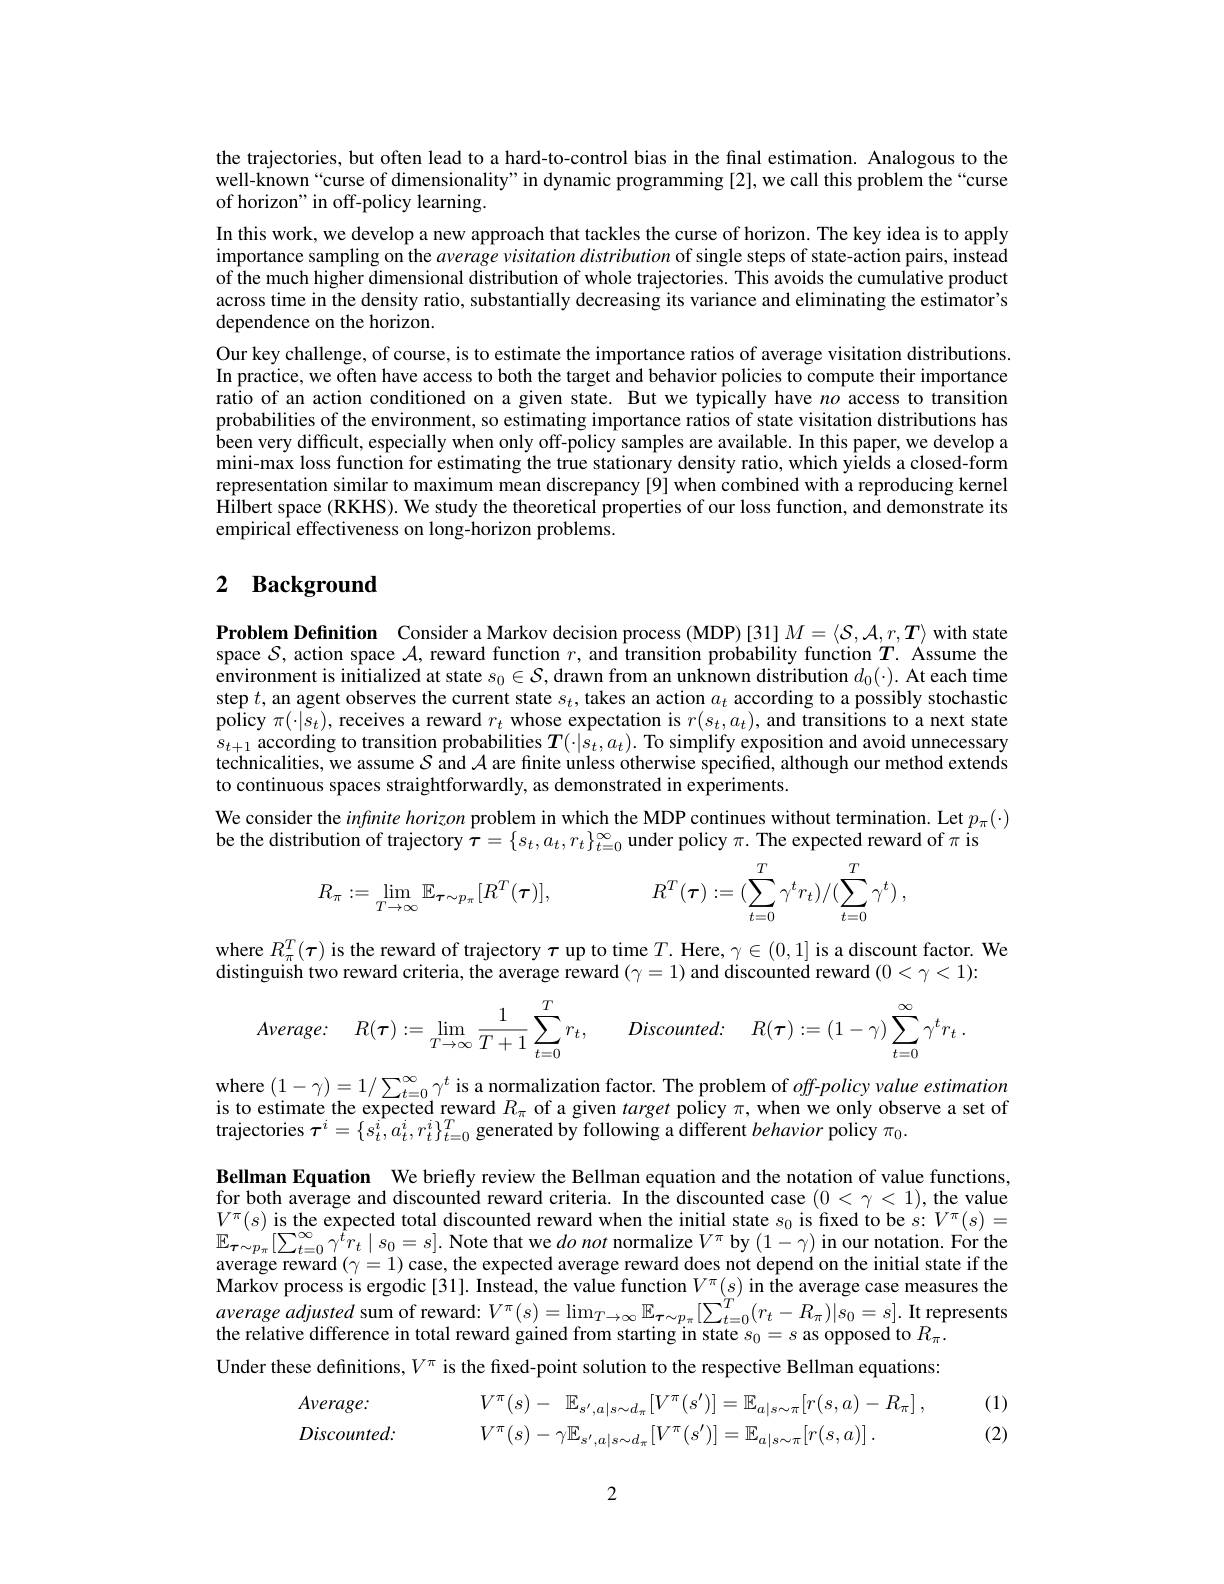
the trajectories, but often lead to a hard-to-control bias in the final estimation. Analogous to the well-known“curse of dimensionality”in dynamic programming [2], we call this problem the“curse of horizon" in off-policy learning.
In this work, we develop a new approach that tackles the curse of horizon. The key idea is to apply importance sampling on the $average\textit{ visitation distribution of single steps of state- action pairs, instead}$ of the much higher dimensional distribution of whole trajectories. This avoids the cumulative product across time in the density ratio, substantially decreasing its variance and eliminating the estimator's dependence on the horizon.
Our key challenge, of course, is to estimate the importance ratios of average visitation distributions. In practice, we often have access to both the target and behavior policies to compute their importance ratio of an action conditioned on a given state. But we typically have $no$ access to transition probabilities of the environment, so estimating importance ratios of state visitation distributions has been very difficult, especially when only off-policy samples are available. In this paper, we develop a $\dot{\text{mini-max loss function for estimating the true stationary density ratio, which yîelds a closed-form}}$ representation similar to maximum mean discrepancy [9] when combined with a reproducing kernel Hilbert space (RKHS). We study the theoretical properties of our loss function, and demonstrate its empirical effectiveness on long-horizon problems.

## 2 $\textbf{Background}$

$\textbf{Problem Definition}$ Consider a Markov decision process (MDP)[31] M={\c{S}},{\c{A}},r,{\c{T}})\:{\c{C}}.{\c{C}}.{\c{C}}.{\c{C}}.{\c{C}}.{\c{C}}.{\c{C}}.{\c{C}}.{\c{C}}.{\c{C}}.{\c{C}}.{\c{C}}.{\c{C}},{\c{C}}.{\c{C}}.{\c{C}}.{\c{C}}.{\c{C}}.{\c{C}}.{\c{C space $S$, action space $\mathcal{A}$, reward function $r$, and transition probability function $T.$ Assume the environment is initialized at state $s_0\in\mathcal{S}$, drawn from an unknown distribution $d_0(\cdot).$ At each time step $t$, an agent observes the current state $s_t$, takes an action $a_t$ according to a possibly stochastic policy $\pi(\cdot|s_t)$, receives a reward $r_t$ whose expectation is $r(s_t,a_t)$, and transitions to a next state $s_{t+1}$ according to transition probabilities $\boldsymbol{T}(\cdot|\hat{s}_t,a_t).$ To simplify exposition and avoid unnecessary technicalities, we assume $S$ and $\mathcal{A}$ are finite unless otherwise specified, although our method extends to continuous spaces straightforwardly, as demonstrated in experiments.
We consider the infnite horizon problem in which the MDP continues without termination. Let $p_\pi(\cdot)$
be the distribution of trajectory $\boldsymbol{\tau}=\{s_t,a_t,r_t\}_{t=0}^\infty$ under policy $\pi.$ The expected reward of $\pi$ is
$$R_\pi:=\lim\limits_{T\to\infty}\mathbb{E}_{\boldsymbol{\tau}\sim p_\pi}[R^T(\boldsymbol{\tau})],\quad R^T(\boldsymbol{\tau}):=(\sum\limits_{t=0}^T\gamma^tr_t)/(\sum\limits_{t=0}^T\gamma^t)\:,$$
where $R_\pi^T(\boldsymbol{\tau})$ is the reward of trajectory $\boldsymbol\tau$ up to time $T.$ Here, $\gamma\in(0,1]$ is a discount factor. We
distinguish two reward criteria, the average reward $(\gamma=1)$ and discounte$\dot{\mathrm}$ reward $(0<\gamma<1):$
$$Average\colon\quad R(\tau):=\lim\limits_{T\to\infty}\frac{1}{T+1}\sum\limits_{t=0}^{T}r_t,\quad Discounted\colon\quad R(\tau):=(1-\gamma)\sum\limits_{t=0}^{\infty}\gamma^tr_t\:.$$
where $(1-\gamma)=1/\sum_{t=0}^\infty\gamma^t$ is a normalization factor. The problem of off-policy value estimation is to estimate the expected reward $R_\pi$ of a given target policy $\pi$,when we only observe a set of trajectories $\tau^i=\{s_t^i,a_t^i,r_t^i\}_{t=0}^T$ generated by following a different behavior policy $\pi_0.$

Bellman Equation We briefly review the Bellman equation and the notation of value functions, for both average and discounted reward criteria. In the discounted case $(0<\gamma<1)$, the value $V^{\pi}(s)$ is the expected total discounted reward when the initial state $s_0$ is fixed to be $s:V^\pi(s)=$ $\mathbb{E}_{\boldsymbol{\tau}\sim p_\pi}[\sum_{t=0}^\infty\gamma^{\hat{t}}r_t\mid s_0=s].$ Note that we $do\textit{not normalize }V^\pi$ by $(1-\gamma)$ in our notation. For the average reward $(\gamma=1)$ case, the expected average reward does not depend on the initial state if the Markov process is ergodic[31]. Instead, the value function $V^\pi(s)$ in the average case measures the average adjusted sum $of$ $reward:$ $V^{\pi }( s) = \operatorname* { lim} _{T\to \infty }\mathbb{E} _{\boldsymbol{\tau }\sim p_{\pi }}[ \sum _{t= 0}^{T}( r_{t}- R_{\pi }) | s_{0}= s] .$ It represents$a$tive difference in total reward gained from starting in state $s_0=s$ as opposed to $R_\pi.$ Under these definitions,$V^\pi$ is the fixed-point solution to the respective Bellman equations:

(1)

(2)
$$Average:V^{\pi}(s)-\mathbb{E}_{s^{\prime},a|s\sim d_{\pi}}[V^{\pi}(s^{\prime})]=\mathbb{E}_{a|s\sim\pi}[r(s,a)-R_{\pi}]\:,\\Discounted:V^{\pi}(s)-\gamma\mathbb{E}_{s^{\prime},a|s\sim d_{\pi}}[V^{\pi}(s^{\prime})]=\mathbb{E}_{a|s\sim\pi}[r(s,a)]\:.$$
2